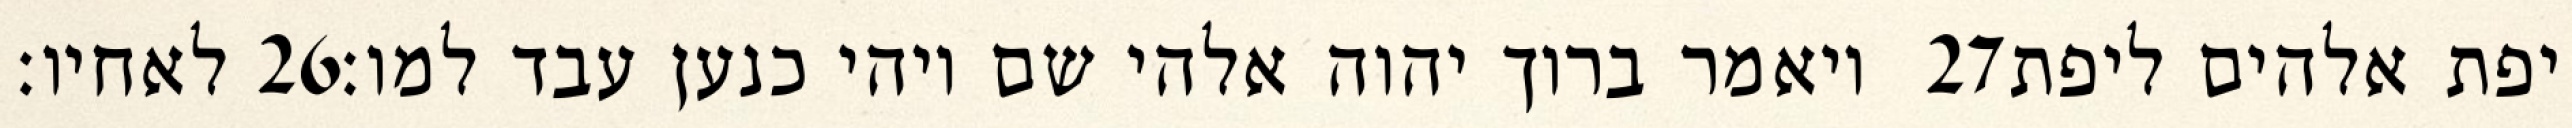
לאחיו׃ ‎26‏ ויאמר ברוך יהוה אלהי שם ויהי כנען עבד למו׃ ‎27‏ יפת אלהים ליפת